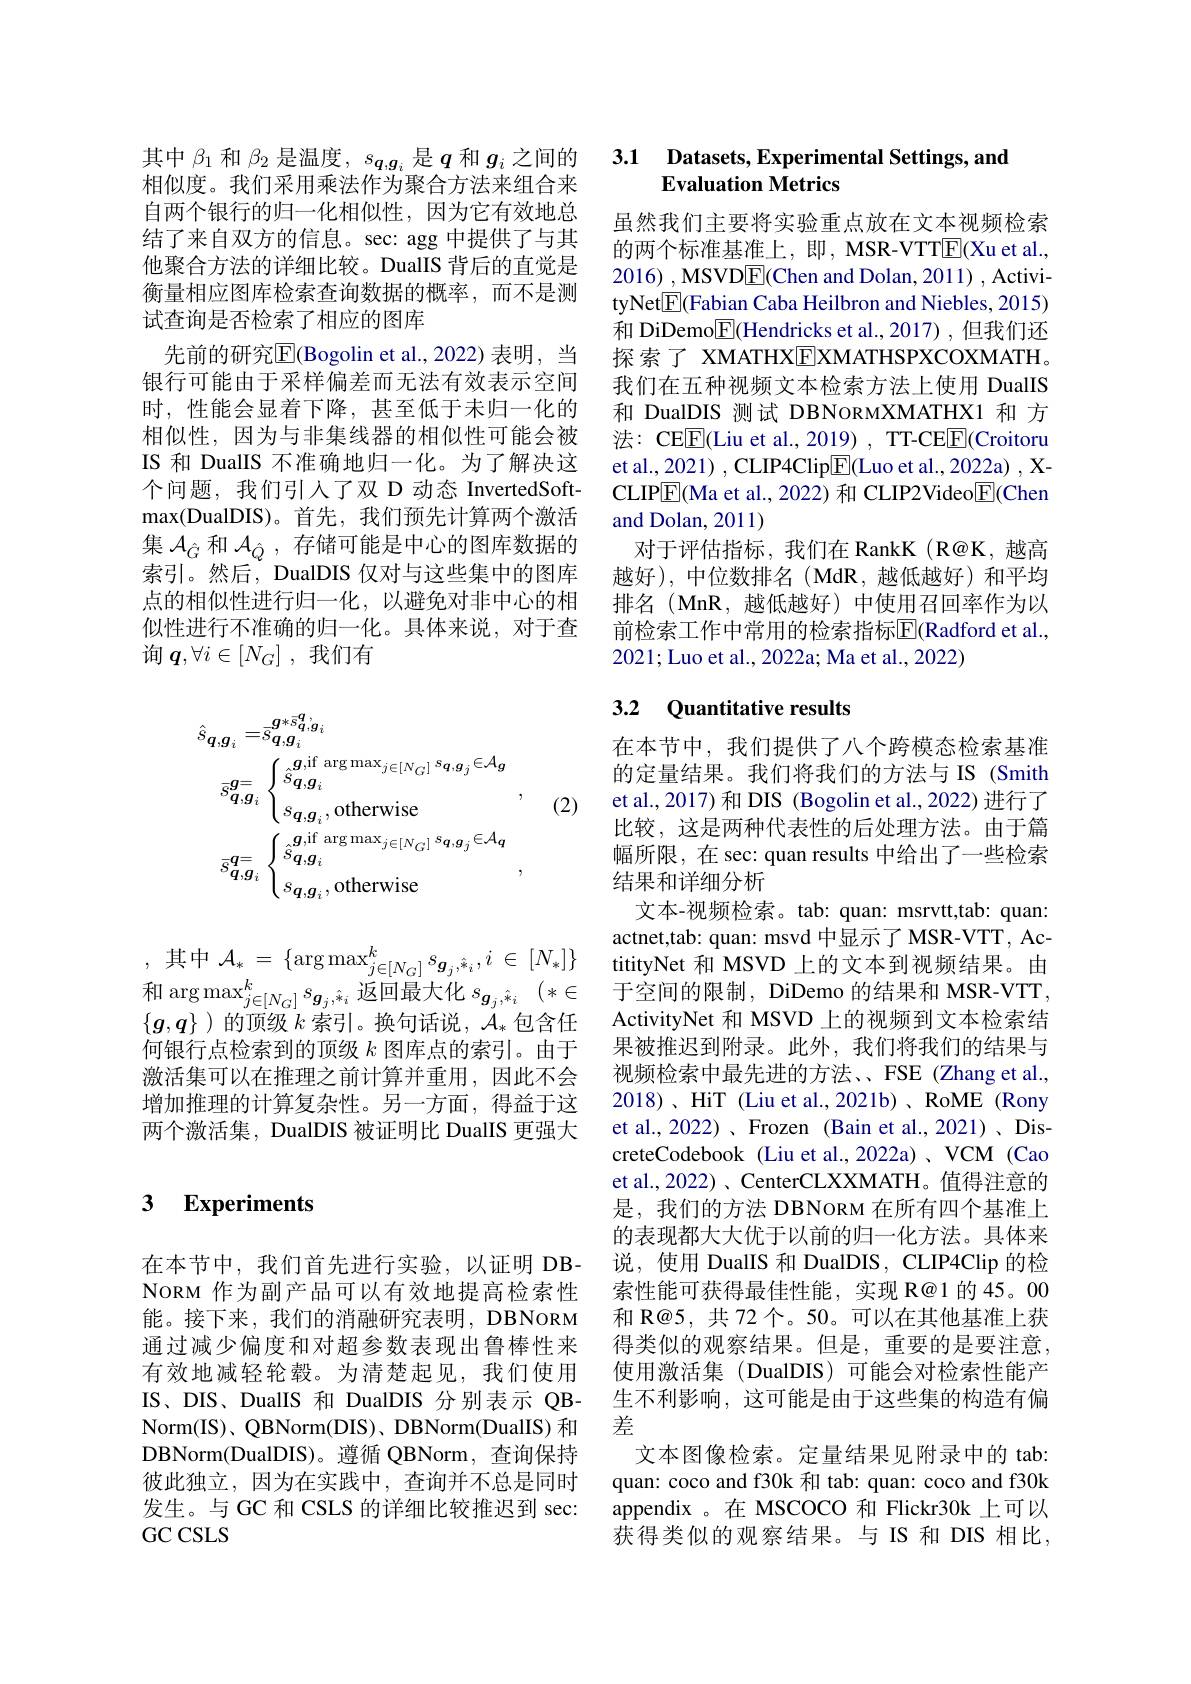
其中$\beta_{1}$和$\beta_2$是温度$,s_{\boldsymbol{q},\boldsymbol{g}_i}$是$q$和$g_i$之间的相似度。我们采用乘法作为聚合方法来组合来自两个银行的归一化相似性，因为它有效地总结了来自双方的信息。sec: agg 中提供了与其他聚合方法的详细比较。DualIS 背后的直觉是衡量相应图库检索查询数据的概率，而不是测试查询是否检索了相应的图库
先前的研究$\overline{\mathrm{E}}($Bogolin et al.,2022)表明，当银行可能由于采样偏差而无法有效表示空间时，性能会显着下降，甚至低于未归一化的相似性，因为与非集线器的相似性可能会被IS 和 DualIS 不准确地归一化。为了解决这个问题，我们引人了双 D 动态 InvertedSoft- $\max($DualDIS)。首先，我们预先计算两个激活集$\mathcal{A}_{\hat{G}}$和$\mathcal{A}_{\hat{Q}}$,存储可能是中心的图库数据的索引。然后，DualDIS 仅对与这些集中的图库点的相似性进行归一化，以避免对非中心的相似性进行不准确的归一化。具体来说，对于查询$\boldsymbol{q},\forall i\in[N_G]$,我们有
$$\begin{aligned}\hat{s}_{\boldsymbol{q},\boldsymbol{g}_{i}}=&\vec{s}_{\boldsymbol{q},\boldsymbol{g}_{i}}^{\boldsymbol{g}*\vec{s}_{\boldsymbol{q},\boldsymbol{g}_{i}}^{\boldsymbol{g}*\vec{s}_{\boldsymbol{q},\boldsymbol{g}_{i}}^{\boldsymbol{g}}}\\\bar{s}_{\boldsymbol{q},\boldsymbol{g}_{i}}^{\boldsymbol{g}=}&\begin{cases}\hat{s}_{\boldsymbol{q},\boldsymbol{g}_{i}}^{\boldsymbol{g},\mathrm{if~arg~max}_{j\in[N_{G}]}\:s_{\boldsymbol{q},\boldsymbol{g}_{j}}\in\mathcal{A}_{\boldsymbol{g}}\\s_{\boldsymbol{q},\boldsymbol{g}_{i}},\mathrm{otherwise}\end{cases},\\\bar{s}_{\boldsymbol{q},\boldsymbol{g}_{i}}^{\boldsymbol{q}=}&\begin{cases}\hat{s}_{\boldsymbol{q},\boldsymbol{g}_{i}}^{\boldsymbol{g},\mathrm{if~arg~max}_{j\in[N_{G}]}\:s_{\boldsymbol{q},\boldsymbol{g}_{j}}\in\mathcal{A}_{\boldsymbol{q}}\\s_{\boldsymbol{q},\boldsymbol{g}_{i}},\mathrm{otherwise}\end{cases},\end{aligned}\\\text{,}\\\\\\\\\\\\\\\\\\\\\\\\\\\\\\\\\\\\\\\\\\\\\\\\\\\\\\\\\\\\\\\\\\\\\\\\\\\\\\\\\\\\\\\\\\\\\\\\\\\\\\\\\\\\\\\\\\\\\\\\\\\\\\\\\\\\\\\\\\\\\\\\\\\\\\\\\\\\\\\\\\\\\\\\\\\\\\\\\\\\\\\\\\\\\\\\\\\\\\\\\\\\\\\\\\\\\\\\\\\\\\\\\\\\\\\\\\\\\\\\\\\\\\\\\\\\\\\\\\\\\\\\\\\\\\\\\\\\\\\\\\\\\\\\\\\\\\\\\\\\\\\\\\\\\\\\\\\\\\\\\\\\\\\\\\\\\\\\\\\\\\\\\\\\\\\\\\\\\\\\\\\\\\\\\\\\\\\\\\\\\\\\\\\\\\\\\\\\\\\\\\\\\\\\\\\\\\\\\\\\\\\\\\\\\\\\\\\\\\\\\\\\\\\\\\\\\\\\\\\\\\\\\\\\\\\\\\\\\\\\\\\\\\\\\\\\\\\\\\\\\\\\\\\\\\\\\\\\\\\\\\\\\\\\\\\\\\\\\\\\\\\\\\\\\\\\\\\\\\\\\\\\\\\\\\\\\\\\\\\\\\\\\\\\\\\\\\\\\\\\\\\\\\\\\\\\\\\\\\\\\\\\\\\\\\\\\\\\\\\\\\\\\\\\\\\\\\\\\\\\\\\\\\\\\\\\\\\\\\\\\\\\\\\\\\\\\\\\\\\\\\\\\\\\\\\\\\\\\\\\\\\\\\\\\\\\\\\\\\\\\\\\\\\\\\\\\\\\\\\\\\\\\\\\\\\\\\\\\\\\\\\\\\\\\\\\\\\\\\\\\\\\\\\\\\\\\\\\\\\\\\\\\\\\\\\\\\\\\\\\\\\\\\\\\\\\\\\\\\\\\\\\\\\\\\\\\\\\\\\\\\\\\\\\\\\\\\\\\\\\\\\\\\\\\\\\\\\\\\\\\\\\\\\\\\\\\\\\\\\\\\\\\\\\\\\\\\\\\\\\\\\\\\\\\\\\\\\\\\\\\\\\\\\\\\\\\\\\\\\\\\\\\\\\\\\\\\\\\\\\\\\\\\\\\\\\\\\\\\\\\\\\\\\\\\\\\\\\\\\\\\\\\\\\\\\\\\\\\\\\\\\\\\\\\\\\\\\\\\\\\\\\\\\\\\\\\\\\\\\\\\\\\\\\\\\\\\\\\\\\\\\\\\\\\\\\\\\\\\\\\\\\\\\\\\\\\\\\\\\\\\\\\\\\\\\\\\\\\\\\\\\\\\\\\\\\\\\\\\\\\\\\\\\\\\\\\\\\\\\\\\\\\\$$
(2)

,其中$\mathcal{A} _* = \{ \arg \max _{j\in [ N_G] }^ks_{\boldsymbol{g}_j, \hat{* } _i}, i\in [ N_* ] \}$ titityNet 和 MSVD上的文本到视频结果。由$\operatorname{\text{和 arg max}}_{j\in[N_G]}^{k}s_{\boldsymbol{g}_j\hat{*}_i}$返回最大化$s_{\boldsymbol{g}_j, \hat{* } _i}( * \in$ 于空间的限制 , DiDemo 的结果和 MSR-VTT,$[a,a])$的何级$h$索引 换向迁说$A$向会任、ActivitNet 和 MSVD 上的视频到文木检索结$\{g,q\}$ )的顶级 $k$ 索引。换句话说，$\mathcal{A}_*$包含任何银行点检索到的顶级$k$图库点的索引。由于激活集可以在推理之前计算并重用，因此不会增加推理的计算复杂性。另一方面，得益于这两个激活集，DualDIS 被证明比 DualIS 更强大

## 3 $\textbf{Experiments}$

在本节中，我们首先进行实验，以证明 DBNoRM 作为副产品可以有效地提高检索性能。接下来，我们的消融研究表明，DBNORM 通过减少偏度和对超参数表现出鲁棒性来有效地减轻轮毂。为清楚起见，我们使用IS、DIS、DualIS 和 DualDIS 分别表示 QBNorm(IS)、QBNorm(DIS)、DBNorm(DualIS) 和DBNorm(DualDIS)。遵循 QBNorm, 查询保持彼此独立，因为在实践中，查询并不总是同时发生。与 GC 和 CSLS 的详细比较推迟到 sec: GCCSLS

### 3.1 Datasets, Experimental Settings, and Evaluation Metrics

虽然我们主要将实验重点放在文本视频检索的两个标准基准上，即，MSR-VTT$\overline{\mathrm{F}}($Xu et al., 2016) , MSVD$\boxed{\mathrm{E}}$(Chen and Dolan, 2011) , ActivityNet$\boxed{\mathrm{F}}($Fabian Caba Heilbron and Niebles, 2015) 和 DiDemo$\overline{\mathrm{E}}($Hendricks et al., 2017) ,但我们还探索了 XMATHXEXMATHSPXCOXMATH。我们在五种视频文本检索方法上使用 DualIS 和 DualDIS 测试 DBNORMXMATHX1 和 方法：CEE(Liu et al., 2019) , TT-CEE(Croitoru et al., 2021) , CLIP4Clip$\overline{\mathrm{E}}($Luo et al., 2022a) , XCLIPE(Ma et al., 2022) 和 CLIP2Video$\underline{\mathrm{F}}$(Chen and Dolan, 2011)
对于评估指标，我们在 RankK (R@K, 越高越好),中位数排名(MdR,越低越好)和平均排名(MnR,越低越好)中使用召回率作为以前检索工作中常用的检索指标$\overline{\mathbb{E}}($Radford et al., 2021; Luo et al., 2022a; Ma et al., 2022)

## 3.2 Quantitative results

在本节中，我们提供了八个跨模态检索基准的定量结果。我们将我们的方法与 IS (Smith et al., 2017) 和 DIS (Bogolin et al., 2022) 进行了比较，这是两种代表性的后处理方法。由于篇幅所限，在 sec: quan results 中给出了一些检索结果和详细分析
文本-视频检索。tab: quan: msrvtt,tab: quan: actnet,tab: quan: msvd 中显示了 MSR-VTT, AcActivityNet 和 MSVD 上的视频到文本检索结果被推迟到附录。此外，我们将我们的结果与视频检索中最先进的方法、、FSE (Zhang et al., 2018)、HiT (Liu et al., 2021b)、RoME (Rony et al., 2022)、Frozen (Bain et al., 2021)、DiscreteCodebook (Liu et al.,2022a) 、VCM (Cao et al.,2022)、CenterCLXXMATH。值得注意的是，我们的方法 DBNORM 在所有四个基准上的表现都大大优于以前的归一化方法。具体来说，使用 DualIS 和 DualDIS, CLIP4Clip 的检索性能可获得最佳性能，实现 R@1 的 45。00和 R@5, 共 72 个。50。可以在其他基准上获得类似的观察结果。但是，重要的是要注意， 使用激活集 (DualDIS)可能会对检索性能产生不利影响，这可能是由于这些集的构造有偏差
文本图像检索。定量结果见附录中的 tab: quan: coco and f30k 和 tab: quan: coco and f30k appendix 。在 MSCOCO 和 Flickr30k 上可以获得类似的观察结果。与IS 和 DIS 相比，